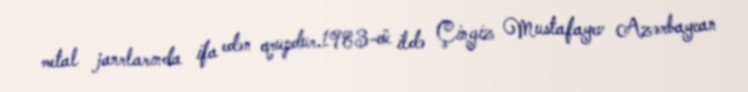
metal janrlarında ifa edən qrupdur.1983-cü ildə Çingiz Mustafayev Azərbaycan